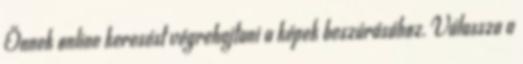
Önnek online keresést végrehajtani a képek beszúrásához. Válassza a